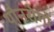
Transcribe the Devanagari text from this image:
यौनरोगों